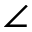
\angle